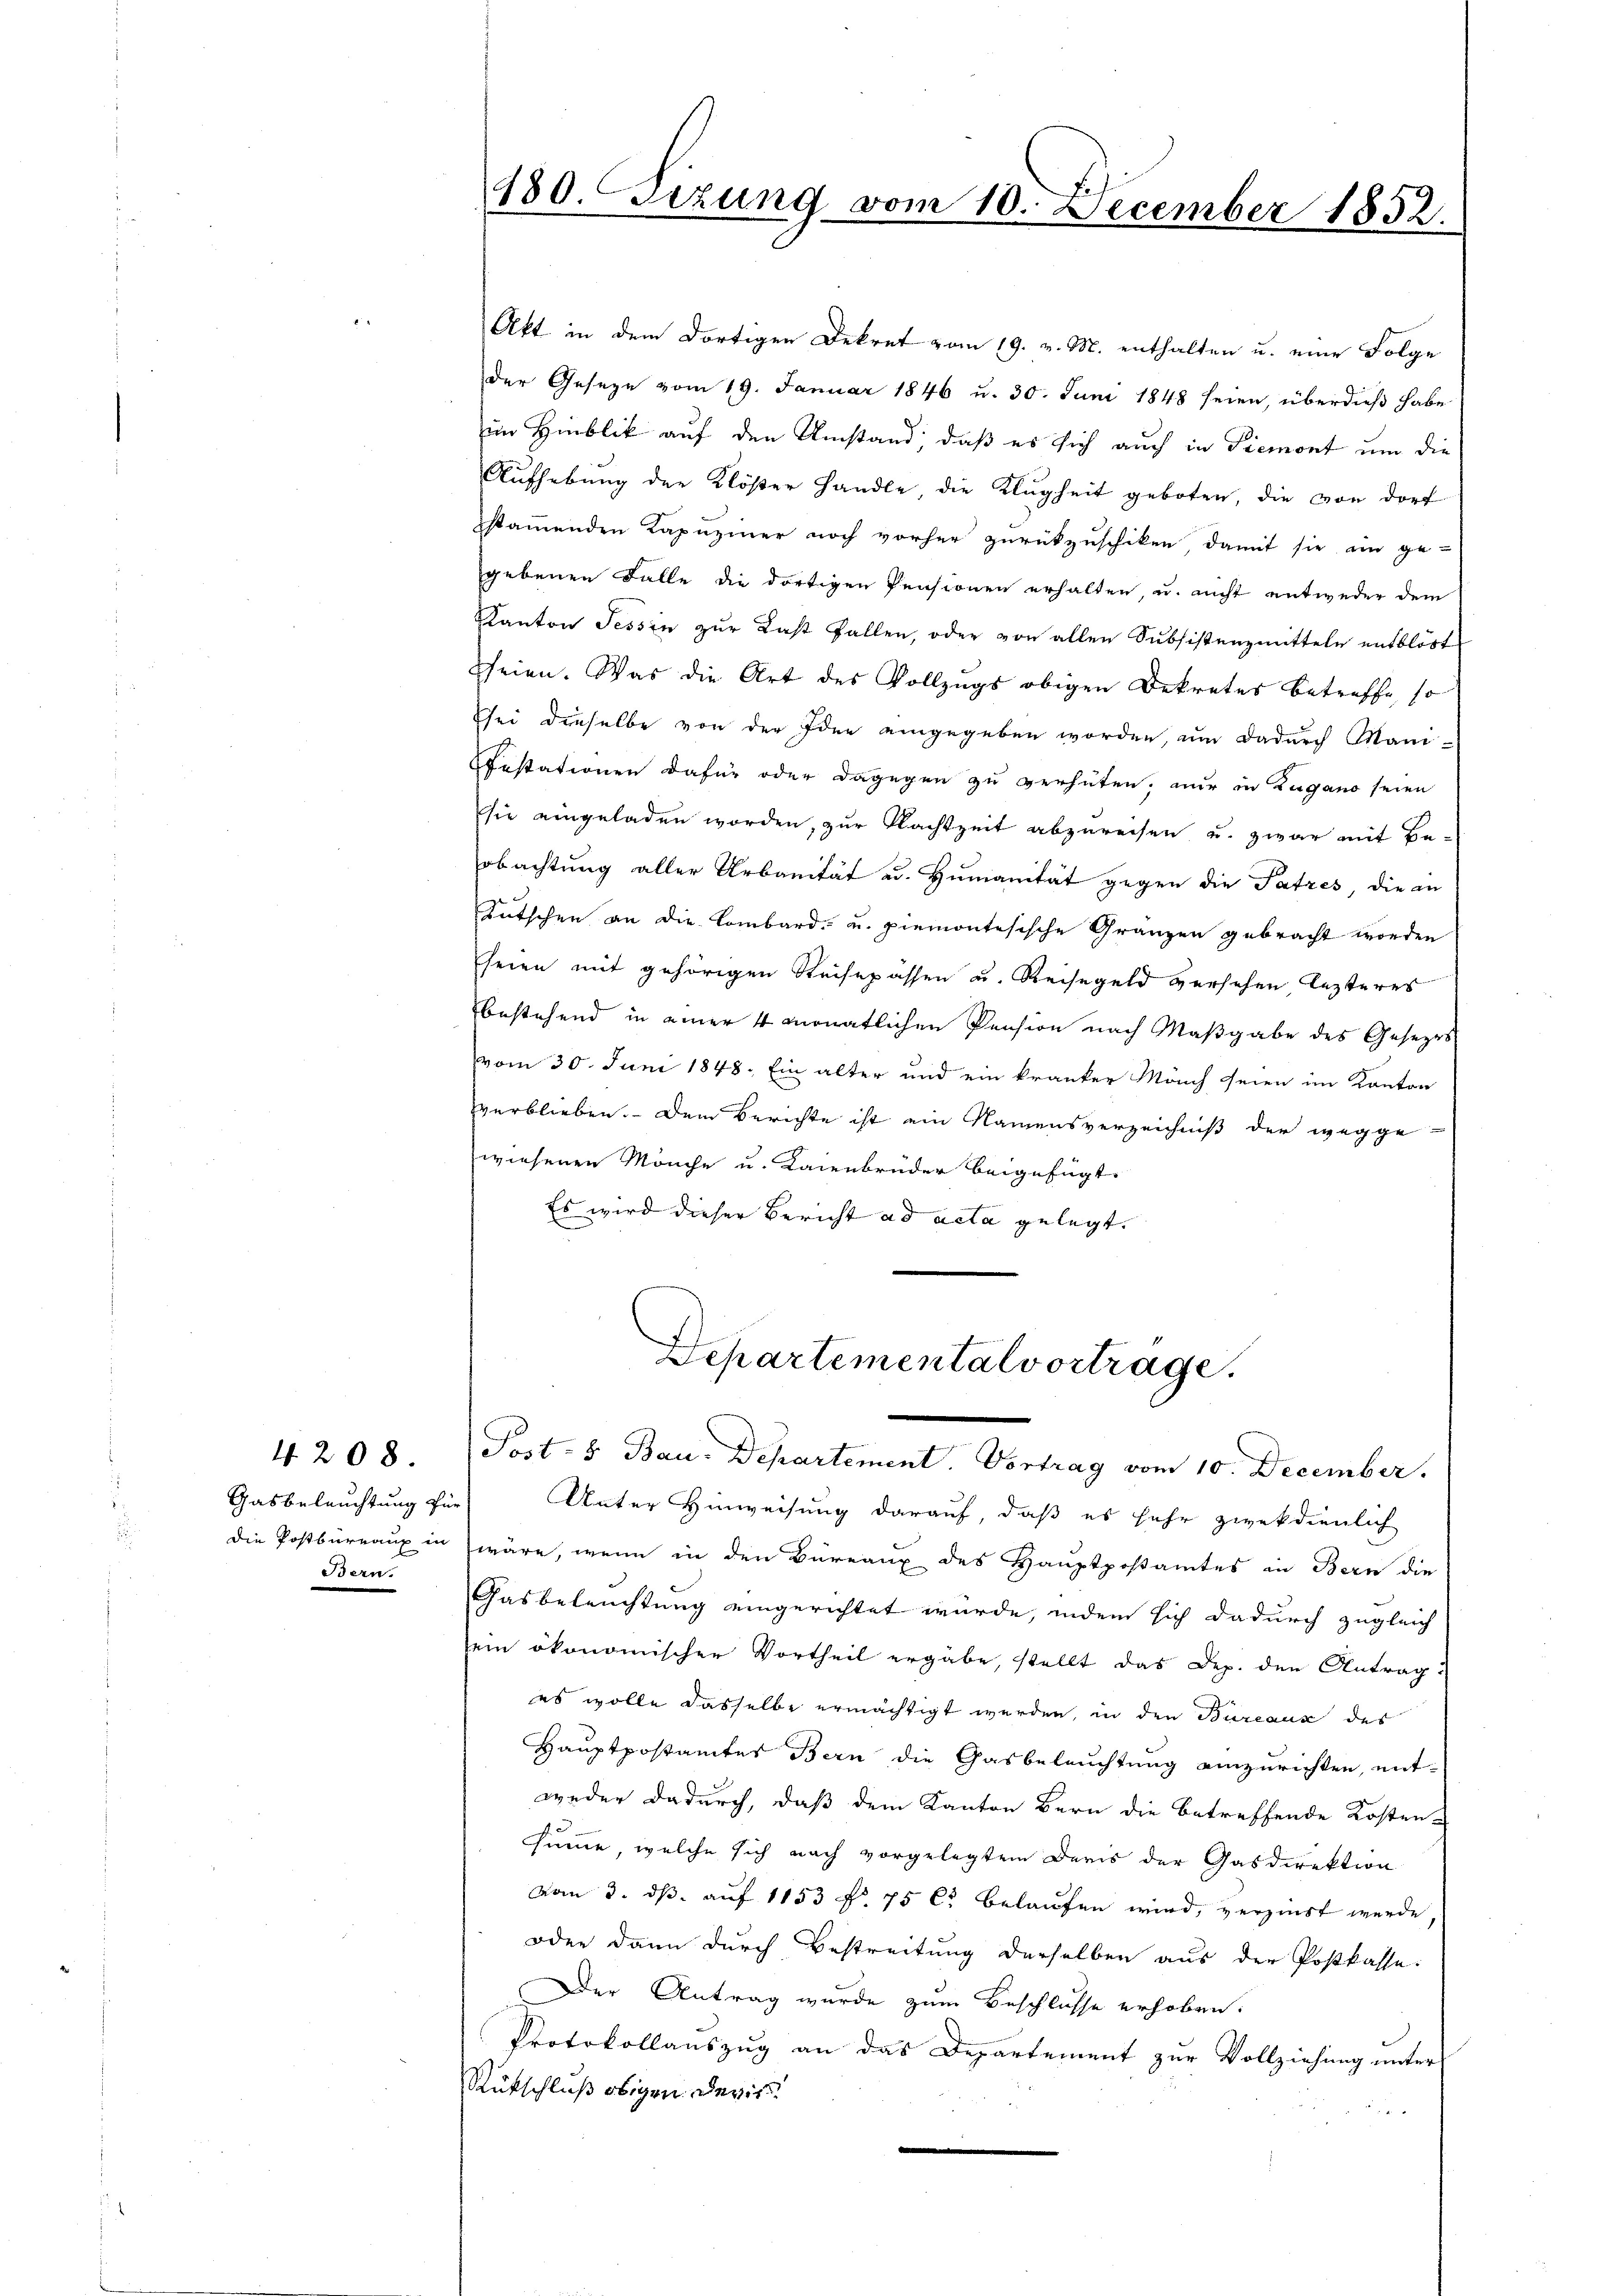
4208.
Bern.

Akt in dem dortigen Dekret vom 19. v. M. enthalten u. eine Folge
der Geseze vom 19. Januar 1846 u. 30. Juni 1848 seien, überdieß habe
im Hinblick auf den Umstand, daß es sich auch in Piemont um die
Aŭfhebung der Klöster handle, die Klugheit geboten, die von dorf
stammenden Kapuziner noch vorher zurückzuschiken, damit sie ein ge-
gebenen Falle die dortigen Pensionen erhalten, u. nicht entweder dem
Kanton Tessin zur Last fallen, oder von allen Subsistenzmitteln entblöst
heien. Was die Art des Vollzugs obigen Dekretes betreffe, so
sei dieselbe von der Idee eingegeben worden, um dadurch Mani-
estationen dafür oder dagegen zu verhüten, nur in Zugano seien
sie eingeladen worden, zur Nachtzeit abzureisen u. zwar mit Be-
obachtung aller Urbanität u. Humanität gegen die Patzes, die an
Kutschen an die Lombard- u. piemontesische Gränzen gebracht worden
seien mit gehörigen Reisepässen u. Reisegeld versehen lezteres
bestehend in einer 4 monatlichen Pension nach Maßgabe des Gesezes
vom 30. Juni 1848. Ein alter und ein kranker Manch seien im Kanton
verblieben. Dem Berichte ist ein Namensverzeichniß der wegge-
wiesenen Mönche u. Kainbrüder beigefügt,
Es wird dieser Bericht ad acta gelegt.
Departemental vortrage.

180. ezung vom 10. December 1852.

Post- & Bau-Departement. Vortrag vom 10. December.

Gasbeleuchtung für Unter Hinweisung darauf, daß es sehr zweckdienlich
die Postbureaux in wäre, wenn in den Büreaux des Hauptpostamtes in Bern die
Gasbeleuchtung eingerichtet wurde, indem sich dadurch zugleich
ein ökonomischer Vortheil ergäbe, stellt das Dep. den Antrag:
es wolle dasselbe ermächtigt werden, in den Bureaux des
Hauptpostamtes Bern die Gasbeleuchtung einzurichten, ent-
weder dadurch, daß dem Kanton Bern die betreffende Kosten-
summe, welche sich nach vorgelegten Daris der Gasdirektion
von 3. ds. auf 1153 f. 75 C. belaufen wird, verzinst werde
oder dann durch Bestreitung derselben aus der Postkasse.
Der Antrag wurde zum Beschlusse erhoben.
Protokollauszug an das Departement zur Vollziehung unter
Rückschluß obigen. Devis